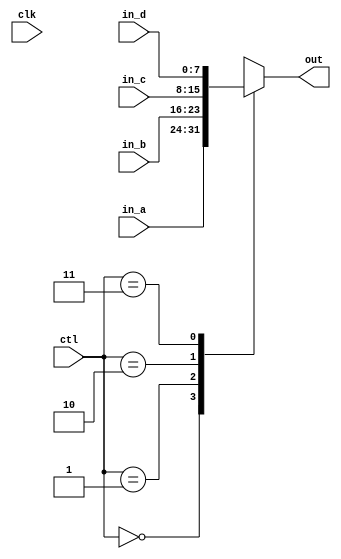
module Mux41	#(parameter BUS_WIDTH=8)
				 (clk, ctl, in_a, in_b, in_c, in_d, out);
	
	output reg	[BUS_WIDTH-1:0]	out;
	
	input						clk;
	input 		[BUS_WIDTH-1:0]	in_a;
	input 		[BUS_WIDTH-1:0]	in_b;
	input 		[BUS_WIDTH-1:0]	in_c;
	input 		[BUS_WIDTH-1:0]	in_d;
	input		[1:0]			ctl;
	
	always @ (in_a, in_b, in_c, in_d, ctl) begin
		case (ctl)
			2'b00: begin
				out = in_a;
			end
			2'b01: begin
				out = in_b;
			end
			2'b10: begin
				out = in_c;
			end
			2'b11: begin
				out = in_d;
			end
		endcase
	end
endmodule